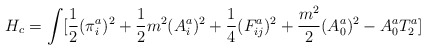
\begin{align*}H_c = \int [ \frac{1}{2} (\pi_i^a)^2 + \frac{1}{2}m^2(A_i^a)^2 + \frac{1}{4}(F_{ij}^a)^2 + \frac{m^2}{2}(A_0^a)^2 - A_0^a T_2^a ] \end{align*}